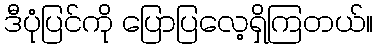
ဒီပုံပြင်ကို ပြောပြလေ့ရှိကြတယ်။